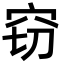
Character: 窃